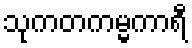
သုကတကမ္မကာရီ